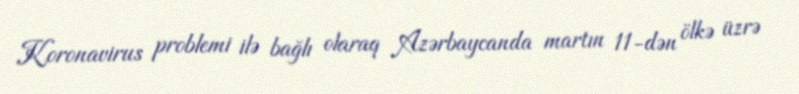
Koronavirus problemi ilə bağlı olaraq Azərbaycanda martın 11-dən ölkə üzrə